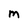
Character: M